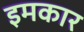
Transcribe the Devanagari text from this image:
इमकार